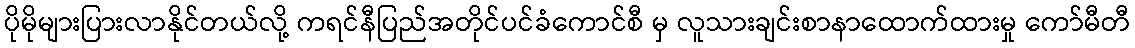
ပိုမိုများပြားလာနိုင်တယ်လို့ ကရင်နီပြည်အတိုင်ပင်ခံကောင်စီ မှ လူသားချင်းစာနာထောက်ထားမှု ကော်မီတီ